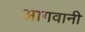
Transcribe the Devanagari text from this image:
आगवानी